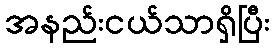
အနည်းငယ်သာရှိပြီး